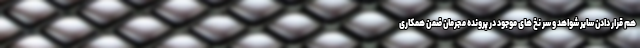
هم قرار دادن سایر شواهد و سر نخ های موجود در پرونده مجرمان ضمن همکاری